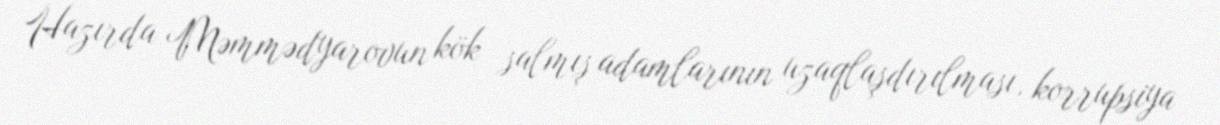
Hazırda Məmmədyarovun kök salmış adamlarının uzaqlaşdırılması, korrupsiya